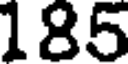
185